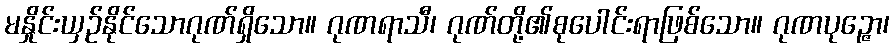
မနှိုင်းယှဉ်နိုင်သောဂုဏ်ရှိသော။ ဂုဏရာသီ၊ ဂုဏ်တို့၏စုပေါင်းရာဖြစ်သော။ ဂုဏပုဉ္ဇော၊